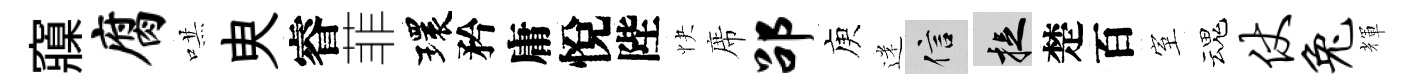
䆿腐哄㬰睿菲環矜庸悅陛快席劭庾迷信捉楚百室魂仗兔輝